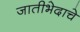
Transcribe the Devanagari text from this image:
जातीभेदाचे